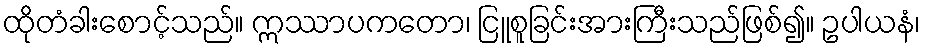
ထိုတံခါးစောင့်သည်။ ဣဿာပကတော၊ ငြူစူခြင်းအားကြီးသည်ဖြစ်၍။ ဥပါယနံ၊